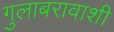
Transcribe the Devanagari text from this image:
गुलाबरावाशी